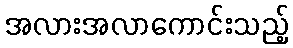
အလားအလာကောင်းသည့်